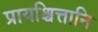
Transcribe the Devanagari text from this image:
प्रायश्चित्तानि